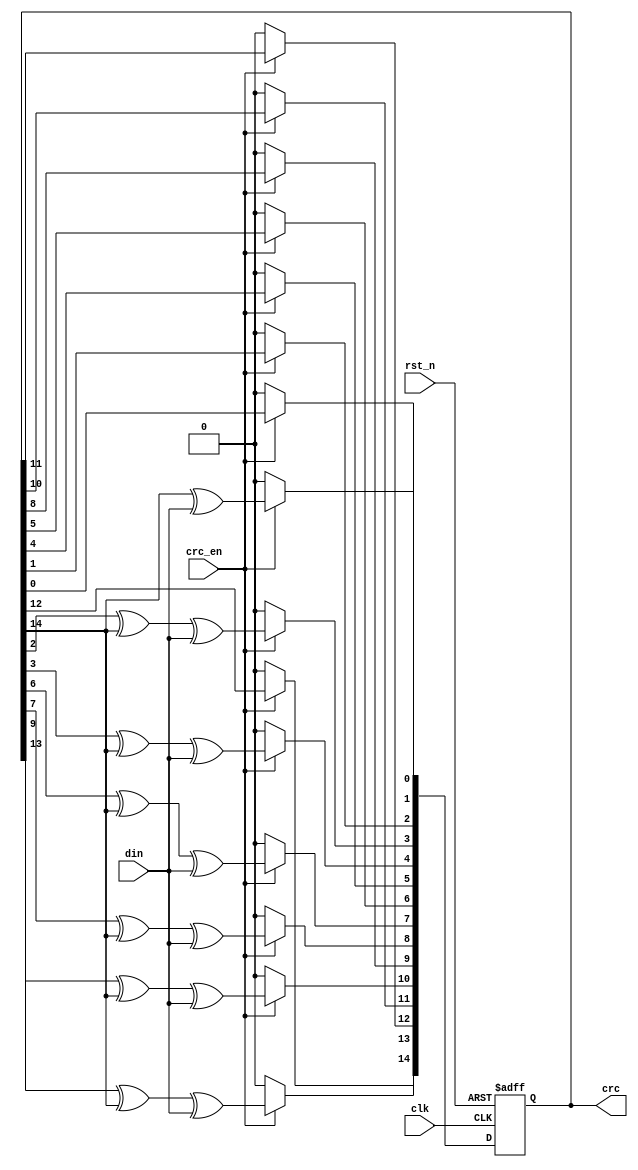
//////////////////////////////////////////////////////////////////////////////////
// Company: 
// 
// Design Name: 
// Module Name: crc_calc
// Project Name: CAN_2.0
// Target Devices: 
// Tool Versions: 
// Description: Performs a CRC calculation with a LFSR given the Generator polynomial for CAN 2.0: 
//              x^15 + x^14 + x^10 + x^8 + x^7 + x^4 + x^3 + 1
//
//              CAN 2.0 CRC calculation
//              (Pg. 13 http://esd.cs.ucr.edu/webres/can20.pdf)
//                    
// Dependencies: 
// 
// Revision:
// Revision 0.01 - File Created
// Additional Comments:                    
//////////////////////////////////////////////////////////////////////////////////
`timescale 1 ns / 1 ps

module crc_calc(
  input clk,        
  input rst_n,        // active low rst
  input din,          // serial bistream in
  input crc_en,       // If high, start crc calculation (waits for SOF)
  output [14:0] crc   // crc output
);
  
  reg [14:0] r_crc = 15'h0000;
  
  always @ (posedge clk or negedge rst_n)
    begin 
      if (!rst_n)
        begin
          r_crc <= 15'h0000;
        end  // if (!rst_n)
      else 
        begin 
          if (crc_en)
            begin
              // one-to-many Galois structure LFSR with taps at generator polynomial coefficients
              r_crc[0]  <= r_crc[14] ^ din; 
              r_crc[1]  <= r_crc[0];
              r_crc[2]  <= r_crc[1];
              r_crc[3]  <= r_crc[2] ^ r_crc[14] ^ din;
              r_crc[4]  <= r_crc[3] ^ r_crc[14] ^ din;
              r_crc[5]  <= r_crc[4];
              r_crc[6]  <= r_crc[5];
              r_crc[7]  <= r_crc[6] ^ r_crc[14] ^ din;
              r_crc[8]  <= r_crc[7] ^ r_crc[14] ^ din;
              r_crc[9]  <= r_crc[8];
              r_crc[10] <= r_crc[9] ^ r_crc[14] ^ din;
              r_crc[11] <= r_crc[10];
              r_crc[12] <= r_crc[11];
              r_crc[13] <= r_crc[12];
              r_crc[14] <= r_crc[13] ^ r_crc[14] ^ din;
            end // if (crc_en)
           else 
            begin
              r_crc <= 15'h0000;
            end // else 
        end  // else
    end  // always
  
  assign crc = r_crc; 
  
endmodule  // crc_calc